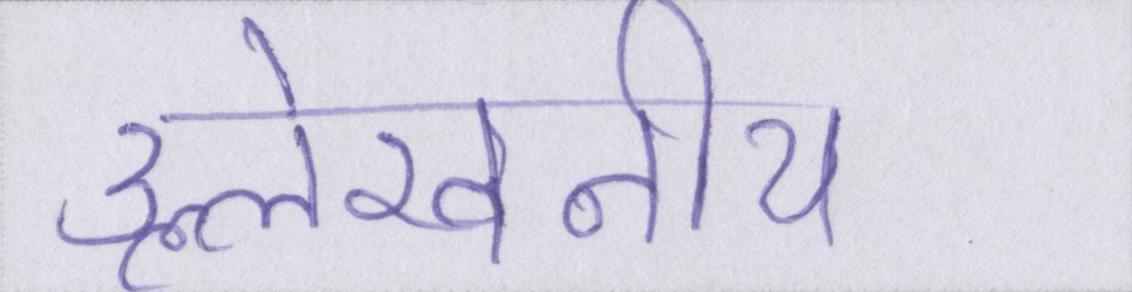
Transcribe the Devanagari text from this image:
उल्लेखनीय